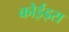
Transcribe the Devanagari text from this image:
कोईड्स